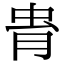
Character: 𧉎